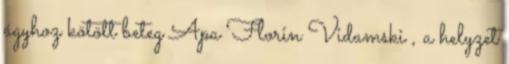
ágyhoz kötött beteg Apa Florin Vidamski , a helyzet